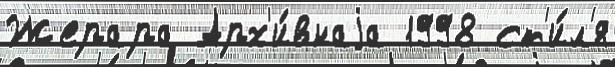
Жерара Арх'и́внаjа 1998 ст'и́л'я